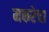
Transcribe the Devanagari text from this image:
मकरेचा